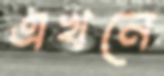
এখনে